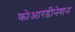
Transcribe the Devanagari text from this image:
कोआरडीनेशन